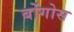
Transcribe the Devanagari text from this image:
बोंगोस